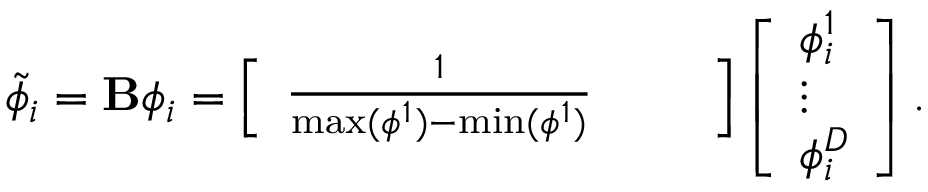
\widetilde { \phi } _ { i } = { \bf B } \phi _ { i } = \left[ \begin{array} { l l l } { \frac { 1 } { \operatorname* { m a x } ( \phi ^ { 1 } ) - \operatorname* { m i n } ( \phi ^ { 1 } ) } } & { } & { } \end{array} \right] \left[ \begin{array} { l } { \phi _ { i } ^ { 1 } } \\ { \vdots } \\ { \phi _ { i } ^ { D } } \end{array} \right] .